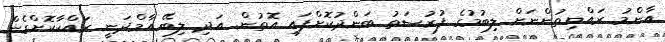
އާންމު ރައްޔިތުންނަށް ލިބުމުގެ ފުރުސަތު ބަންދުކޮށްފައި އޮތުން. އަދި ލިބޭ އާމްދަނީ ރައްކާކޮށްގެން